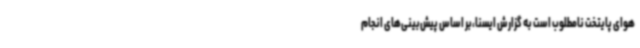
هوای پایتخت نامطلوب است به گزارش ایسنا،بر اساس پیش‌بینی‌های انجام‌